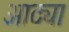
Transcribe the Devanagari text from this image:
आठ्या